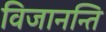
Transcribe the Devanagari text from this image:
विजानन्ति